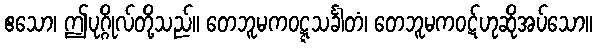
ဧသော၊ ဤပုဂ္ဂိုလ်တို့သည်။ တေဘူမကဝဋ္ဋသင်္ခါတံ၊ တေဘူမကဝဋ်ဟုဆိုအပ်သော။